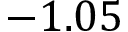
- 1 . 0 5